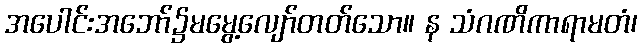
အပေါင်းအဘော်၌မမွေ့လျော်တတ်သော။ န သံဂဏိကာရာမတံ၊